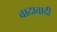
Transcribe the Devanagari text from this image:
वादावादी